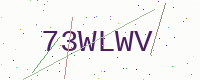
Text: 73WLWV